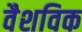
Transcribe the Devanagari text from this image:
वैशविक